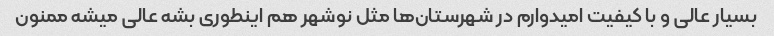
بسیار عالی و با کیفیت امیدوارم در شهرستان‌ها مثل نوشهر هم اینطوری بشه عالی میشه ممنون